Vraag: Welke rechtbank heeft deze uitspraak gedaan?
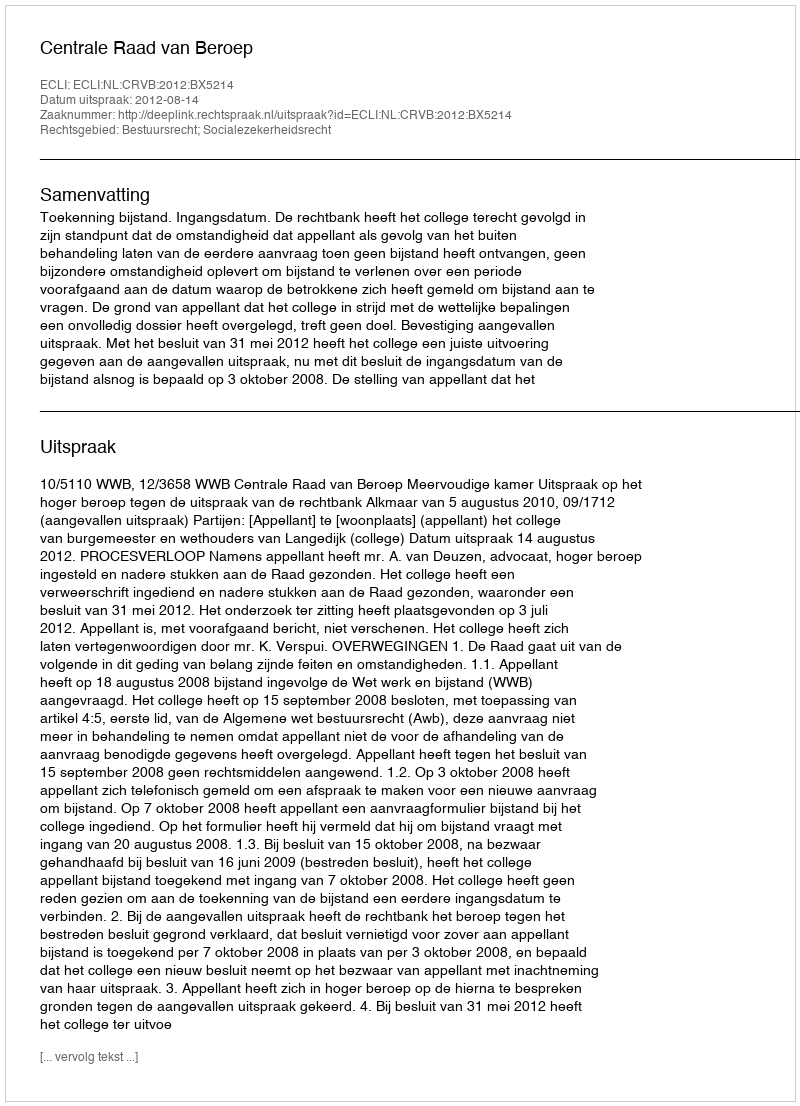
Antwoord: Centrale Raad van Beroep